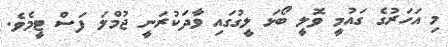
މި އަހަރުގެ ގައުމީ ވޮލީ ބޯޅަ ލީގުގައި ވާދަކުރަނީ ޖުމްލަ ފަސް ޓީމެވެ.